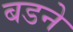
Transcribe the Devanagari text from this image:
बडने